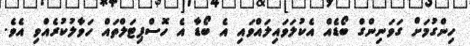
ހިންގުމަށް ގަވަނިންގް ބޯޑެއް އެކުލަވައިލައްވައި އެ ބޯޑާ އެ ހޮސްޕިޓަލްތައް ހަވާލުކުރެއްވި އެވެ.